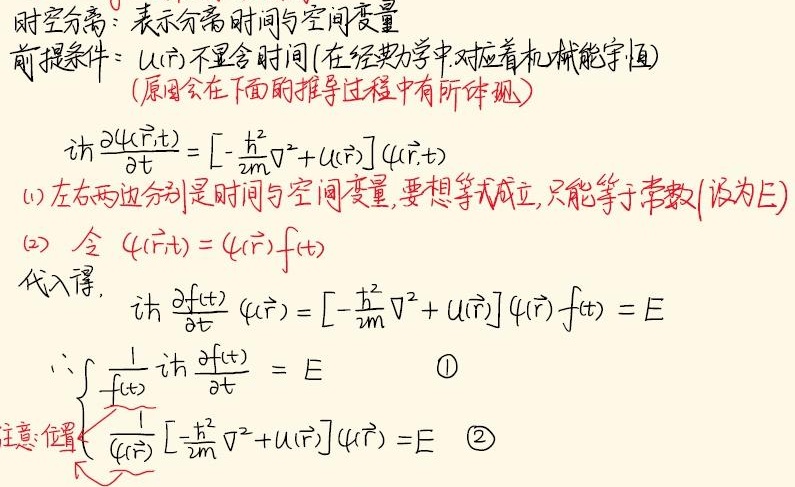
时空分离：表示分离时间与空间变量。
前提条件：$U(\vec{r})$不显含时间（在经典力学中对应着机械能守恒）（原因会在下面的推导过程中有所体现）。
\[i\hbar\frac{\partial\psi(\vec{r},t)}{\partial t}=\left[-\frac{\hbar^2}{2m}\nabla^2 + U(\vec{r})\right]\psi(\vec{r},t)\]
(1) 左右两边分别是时间与空间变量，要想等式成立，只能等于常数（设为$E$）。
(2) 令$\psi(\vec{r},t)=\psi(\vec{r})f(t)$代入得，\(i\hbar\frac{\partial f(t)}{\partial t}\psi(\vec{r})=\left[-\frac{\hbar^2}{2m}\nabla^2 + U(\vec{r})\right]\psi(\vec{r})f(t)=E\)
\(\therefore\begin{cases}\frac{1}{f(t)}i\hbar\frac{\partial f(t)}{\partial t}=E & \textcircled{1}\\\frac{1}{\psi(\vec{r})}\left[-\frac{\hbar^2}{2m}\nabla^2 + U(\vec{r})\right]\psi(\vec{r})=E & \textcircled{2}\end{cases}\)
注意：位置 $\nwarrow$